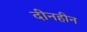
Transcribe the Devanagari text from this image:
दीनहीन